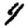
Digit: 4